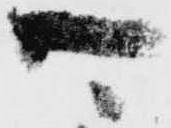
可